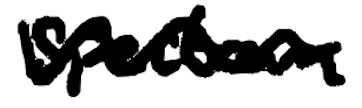
Text: spectrum
Cross-out: wave
Writing tool: digital_black